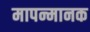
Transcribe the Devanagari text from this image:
मापन्मानक